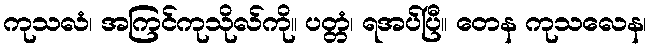
ကုသလံ၊ အကြင်ကုသိုလ်ကို။ ပတ္တံ၊ ရအပ်ပြီ။ တေန ကုသလေန၊